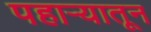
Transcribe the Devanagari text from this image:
पहार्‍यातून